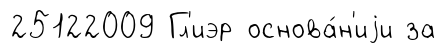
25122009 Гл'иэр основа́н'иjи за